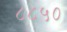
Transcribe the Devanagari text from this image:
८८५०